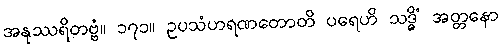
အနုဿရိတဗ္ဗံ။ ၁၇၁။ ဥပသံဟရဏတောတိ ပရေဟိ သဒ္ဓိံ အတ္တနော